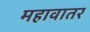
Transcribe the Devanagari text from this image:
महावातर